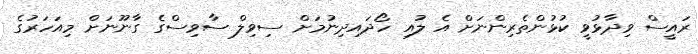
ރައީސް ވިދާޅުވީ ކުޅުންތެރިންނަށް އެ ލުއި ހޯދައިދިނުމަށް ސިވިލް ސާވިސްގެ ގާނޫނަށް މިއަހަރުގެ